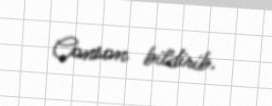
Conson bildirib.